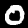
Label: 0